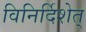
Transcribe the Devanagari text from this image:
विनिर्दिशेत्